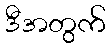
ဒီအတွက်